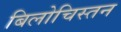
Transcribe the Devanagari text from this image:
बिलोचिस्तन